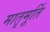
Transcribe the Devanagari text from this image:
मातृमूर्ति